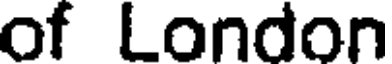
of London